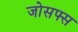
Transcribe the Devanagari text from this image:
जोसफ्स